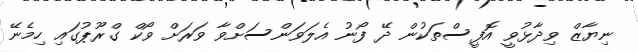
ނިޔާޒް ވިދާޅުވީ އޮފީސްތަކުން ދޭ ފޯނު އެލަވަންސަށްވާ ވަރަށް ވޯކް ގްރޫޕުގައި ހިމެނޭ